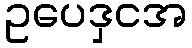
ဥပေဒှငအ